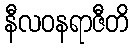
နီလဝနရာဇီတိ